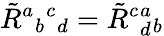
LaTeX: \tilde{R}{}^{a}{}_{b}{}^{c}{}_{d}=\tilde{R}{}^{c}{}_{d}^{a}{}_{b}